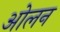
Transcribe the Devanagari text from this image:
ओलन